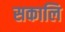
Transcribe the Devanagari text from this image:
सकालि